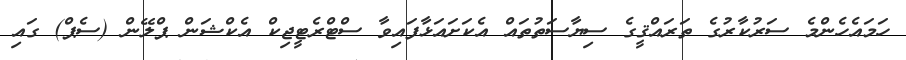
ހަމައެހެންމެ ސަރުކާރުގެ ތަރައްޤީގެ ސިޔާސަތުތައް އެކަށައަޅާފައިވާ ސްޓްރެޓީޖިކް އެކްޝަން ޕްލޭން (ސެޕް) ގައި